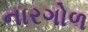
નારગોળ